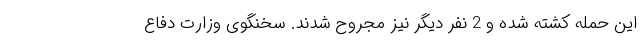
این حمله کشته شده و 2 نفر دیگر نیز مجروح شدند. سخنگوی وزارت دفاع